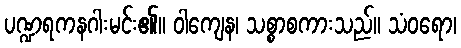
ပဏ္ဍရကနဂါးမင်း၏။ ဝါကျေန၊ သစ္စာစကားသည်။ သံဝရော၊